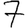
Digit: 7